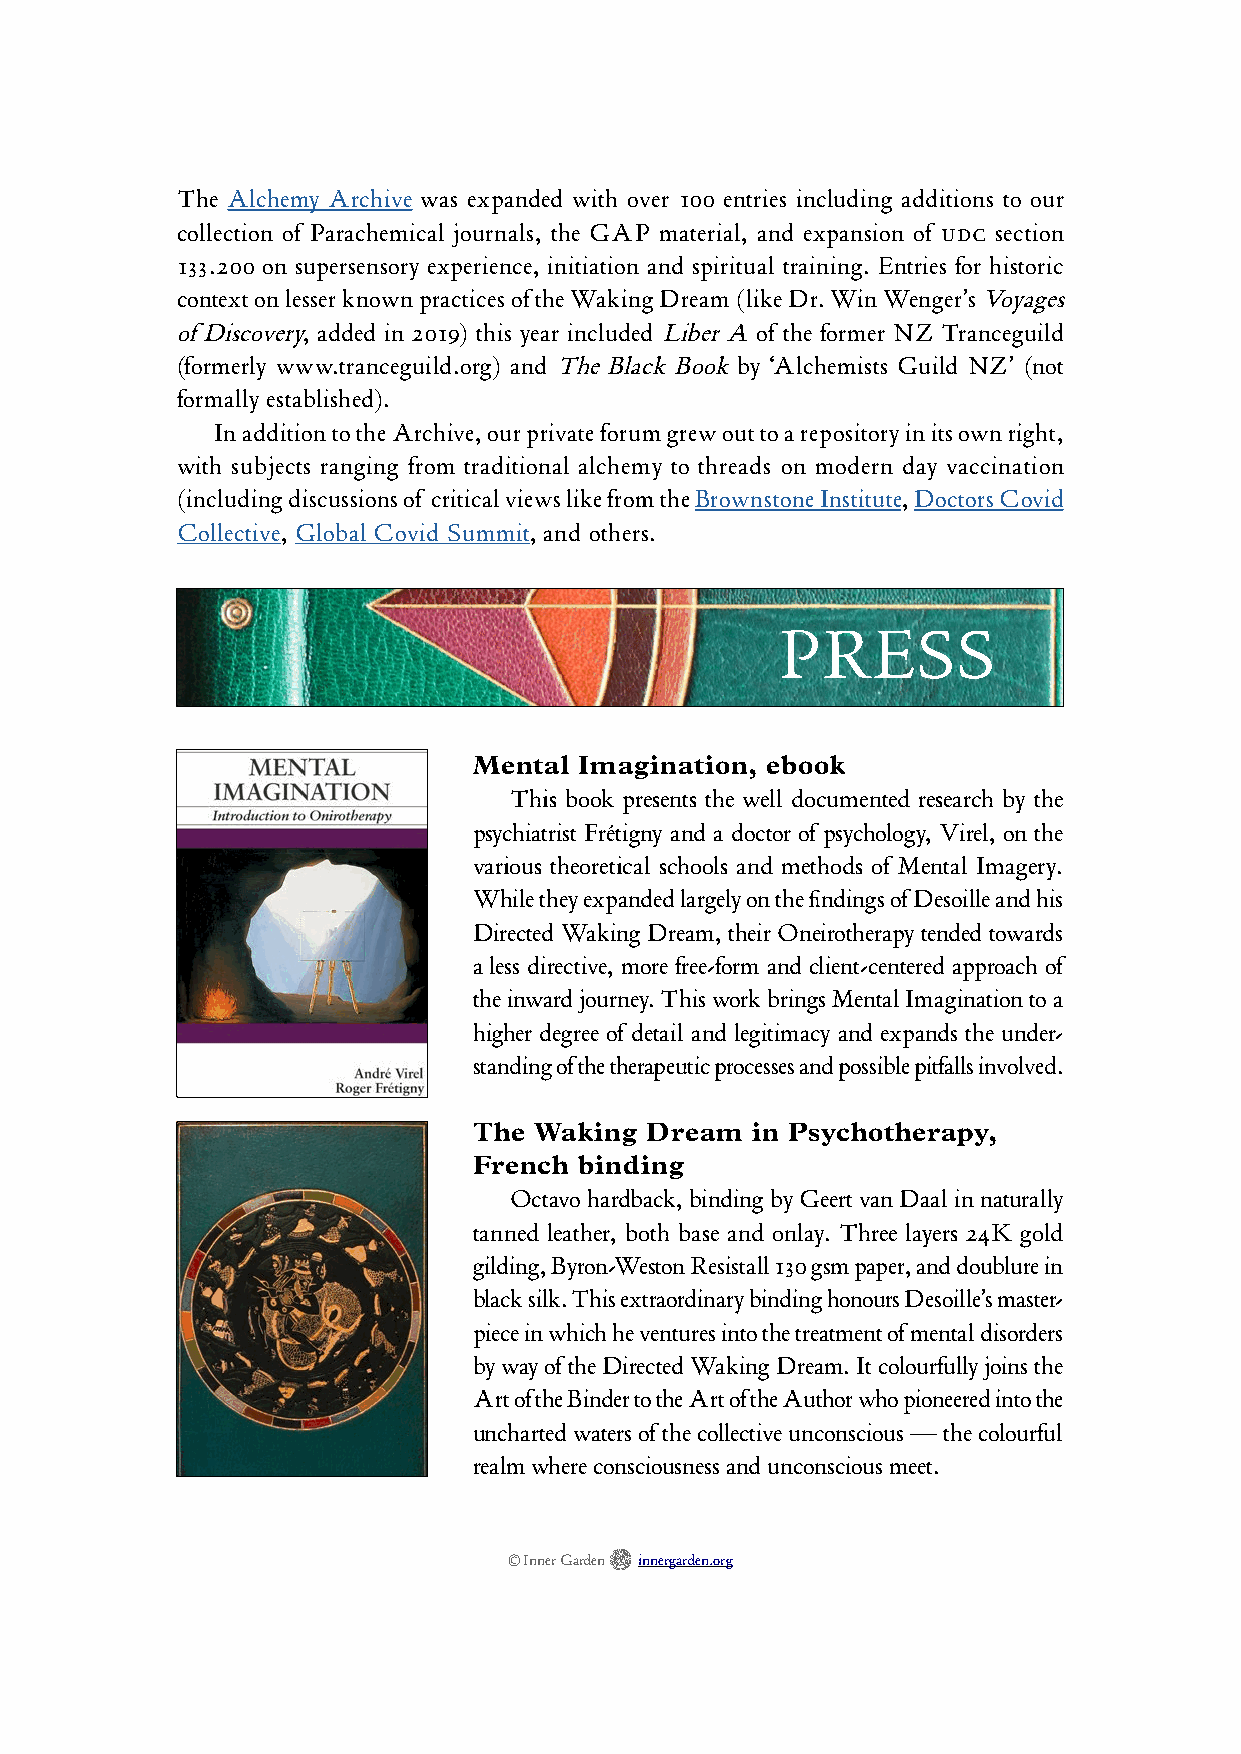
The Alchemy Archive was expanded with over 100 entries including additions to our
 collection of Parachemical journals, the GAP material, and expansion of UDC section
 133.200 on supersensory experience, initiation and spiritual training. Entries for historic
 context on lesser known practices of the Waking Dream (like Dr. Win Wenger’s Voyages
 of Discovery, added in 2019) this year included Liber A of the former NZ Tranceguild
 (formerly www.tranceguild.org) and The Black Book by ‘Alchemists Guild NZ’ (not
 formally established).
 In addition to the Archive, our private forum grew out to a repository in its own right,
 with subjects ranging from traditional alchemy to threads on modern day vaccination
 (including discussions of critical views like from the Brownstone Institute, Doctors Covid
 Collective, Global Covid Summit, and others.
 PRESS
 Mental Imagination, ebook
 This book presents the well documented research by the
 psychiatrist Frétigny and a doctor of psychology, Virel, on the
 various theoretical schools and methods of Mental Imagery.
 While they expanded largely on the findings of Desoille and his
 Directed Waking Dream, their Oneirotherapy tended towards
 a less directive, more free-form and client-centered approach of
 the inward journey. This work brings Mental Imagination to a
 higher degree of detail and legitimacy and expands the under-
 standing of the therapeutic processes and possible pitfalls involved.
 The Waking  Dream  in Psychotherapy,
 French binding
 Octavo hardback, binding by Geert van Daal in naturally
 tanned leather, both base and onlay. Three layers 24K gold
 gilding, Byron-Weston Resistall 130 gsm paper, and doublure in
 black silk. This extraordinary binding honours Desoille’s master-
 piece in which he ventures into the treatment of mental disorders
 by way of the Directed Waking Dream. It colourfully joins the
 Art of the Binder to the Art of the Author who pioneered into the
 uncharted waters of the collective unconscious — the colourful
 realm where consciousness and unconscious meet.

 © Inner Garden innergarden.org